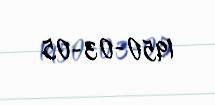
1950-03-05